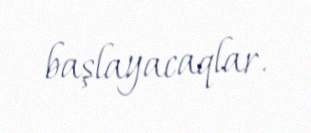
başlayacaqlar.